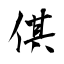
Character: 倛